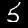
Label: 5